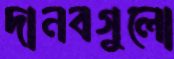
দানবগুলো